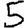
Digit: 5